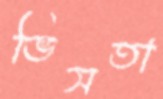
ভিসতা